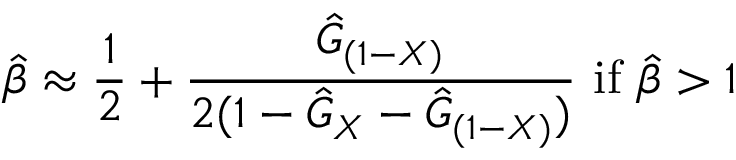
{ \hat { \beta } } \approx { \frac { 1 } { 2 } } + { \frac { { \hat { G } } _ { ( 1 - X ) } } { 2 ( 1 - { \hat { G } } _ { X } - { \hat { G } } _ { ( 1 - X ) } ) } } { \mathrm { ~ i f ~ } } { \hat { \beta } } > 1